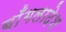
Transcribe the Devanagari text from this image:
बाँगलादेश